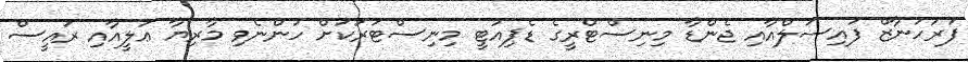
ފަރަހަނާޒް ފައިސަލްއާއި ޖެންޑާ މިނިސްޓްރީގެ ޑެޕިއުޓީ މިނިސްޓަރަކަށް ހުންނެވި މާރިޔާ ޢަލީއާއި ރައީސް